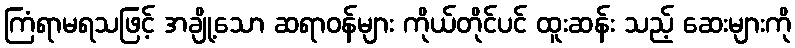
ကြံရာမရသဖြင့် အချို့သော ဆရာဝန်များ ကိုယ်တိုင်ပင် ထူးဆန်း သည့် ဆေးများကို